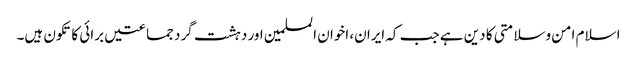
اسلام امن وسلامتی کا دین ہے جب کہ ایران، اخوان المسلمین اور دہشت گرد جماعتیں برائی کا تکون ہیں۔